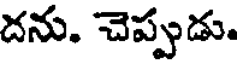
దను. చెప్పుడు.